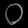
Digit: ၀